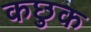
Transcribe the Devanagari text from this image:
कछुक